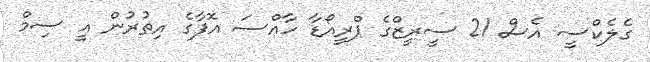
ގެލެކްސީ އެސް 21 ސީރީޒްގެ ޕްރީއޯޑާ ހާއްސަ އޮފާގެ އިތުރުން އީ ސިމް